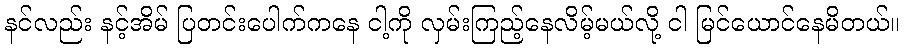
နင်လည်း နင့်အိမ် ပြတင်းပေါက်ကနေ ငါ့ကို လှမ်းကြည့်နေလိမ့်မယ်လို့ ငါ မြင်ယောင်နေမိတယ်။